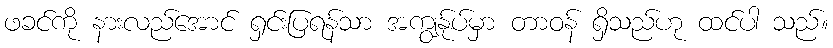
ဖခင်ကို နားလည်အောင် ရှင်းပြရန်သာ အကျွန်ုပ်မှာ တာဝန် ရှိသည်ဟု ထင်ပါ သည်။